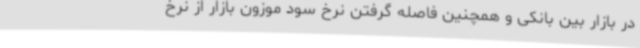
در بازار بین‌ بانکی و همچنین فاصله گرفتن نرخ سود موزون بازار از نرخ